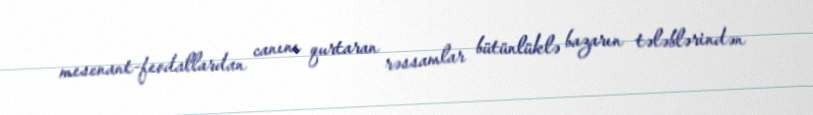
mesenant-feodallardan canını qurtaran rəssamlar bütünlüklə bazarın tələblərindən